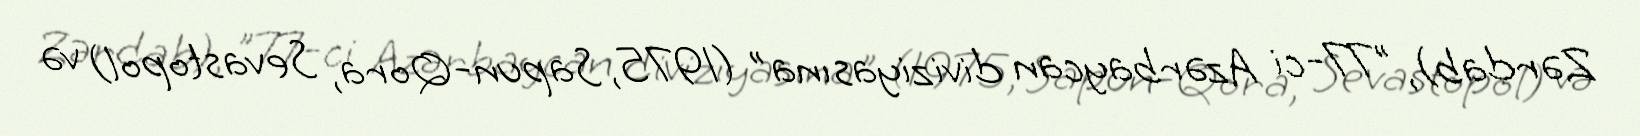
Zərdab), "77-ci Azərbaycan diviziyasına" (1975, Sapun-Qora, Sevastopol) və